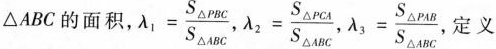
△ABC的面积，λ \lambda_{1}= \frac{S_{\Delta PBC}}{S_{\Delta ABC}}, \lambda _{2}= \frac{S_{\Delta PCA}}{S_{\Delta ABC}}, \lambda _{3}= \frac{S_{\Delta PAB}}{S_{\Delta ABC}}定义